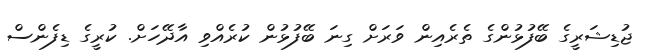
ޖުޑިޝަރީގެ ބޭފުޅުންގެ ތެރެއިން ވަރަށް ގިނަ ބޭފުޅުން ކުރެއްވި އާދޭހަށް. ކުރީގެ ޑިފެންސް